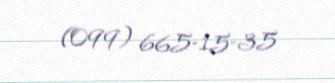
(099) 665-15-35